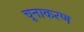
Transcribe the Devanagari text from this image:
चूनाकरण